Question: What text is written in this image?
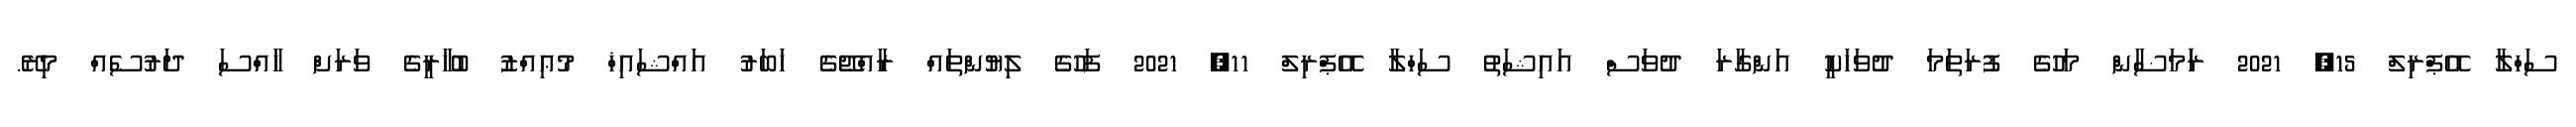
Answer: ސަހްލާ އޭޕްރިލް 15, 2021 ރަަމަޟާން މަހުގެ ފުރަތަމަ ދުވަހަކީ އަންގާރަ ދުވަސް އައިޝަތު ސަހްލާ އޭޕްރިލް 11, 2021 ފަހުގެ ލިޔުންތައް ރާއްޖޭގެ ޚަބަރު އައްޝައިޚް މުޢިއްޒު ބުޚާރީގެ ވަރަށް ޚާއްސަ ދަރުސެއް މިރޭ.